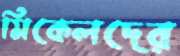
মিকেলদের